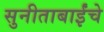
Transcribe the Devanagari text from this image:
सुनीताबाईंचे